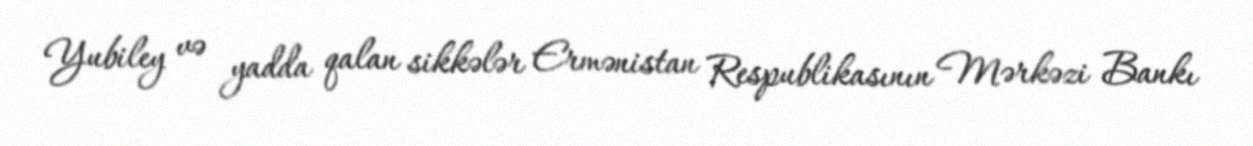
Yubiley və yadda qalan sikkələr Ermənistan Respublikasının Mərkəzi Bankı